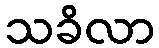
သခိလာ